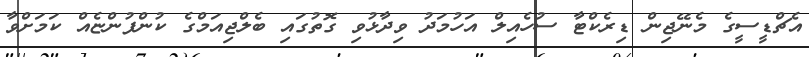
އެޗްޑީސީގެ މެނޭޖިން ޑިރެކްޓާ ސުހެއިލް އަހުމަދު ވިދާޅުވި ގޮތުގައި ބެލްޖިއަމްގެ ކުންފުންޏެއް ކަމަށްވާ